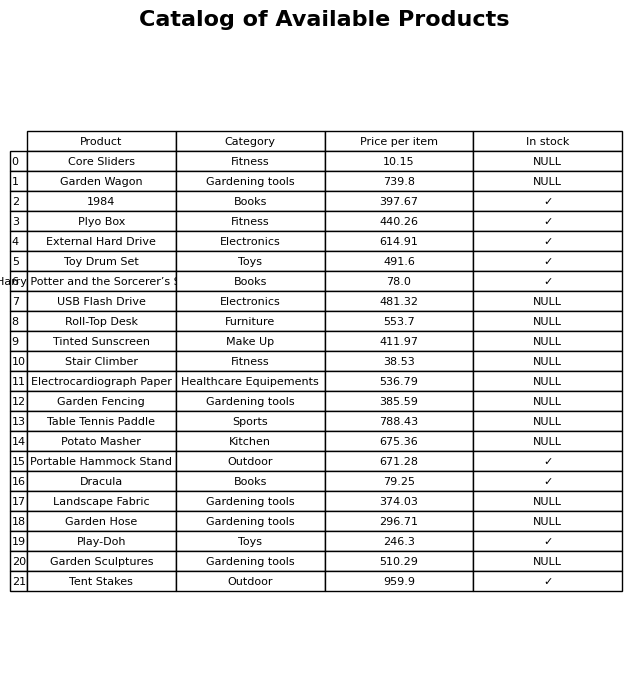
question: What is the price for 1984?
answer: The price of 1984 is 397.67.